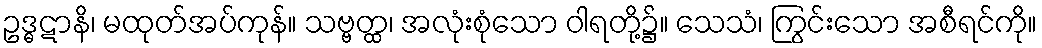
ဥဒ္ဓဋာနိ၊ မထုတ်အပ်ကုန်။ သဗ္ဗတ္ထ၊ အလုံးစုံသော ဝါရတို့၌။ သေသံ၊ ကြွင်းသော အစီရင်ကို။